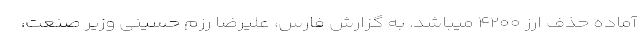
آماده حذف ارز ۴۲۰۰ میباشد. به گزارش فارس، علیرضا رزم حسینی وزیر صنعت،